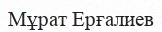
Мұрат Ерғалиев